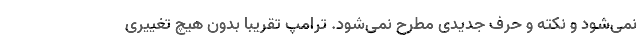
نمی‌شود و نکته و حرف جدیدی مطرح نمی‌شود. ترامپ تقریبا بدون هیچ تغییری